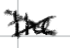
Text: the
Cross-out: cross
Writing tool: digital_black